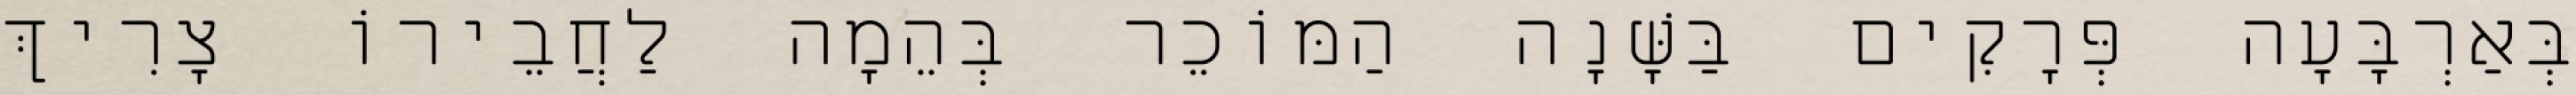
בְּאַרְבָּעָה פְּרָקִים בַּשָּׁנָה הַמּוֹכֵר בְּהֵמָה לַחֲבֵירוֹ צָרִיךְ